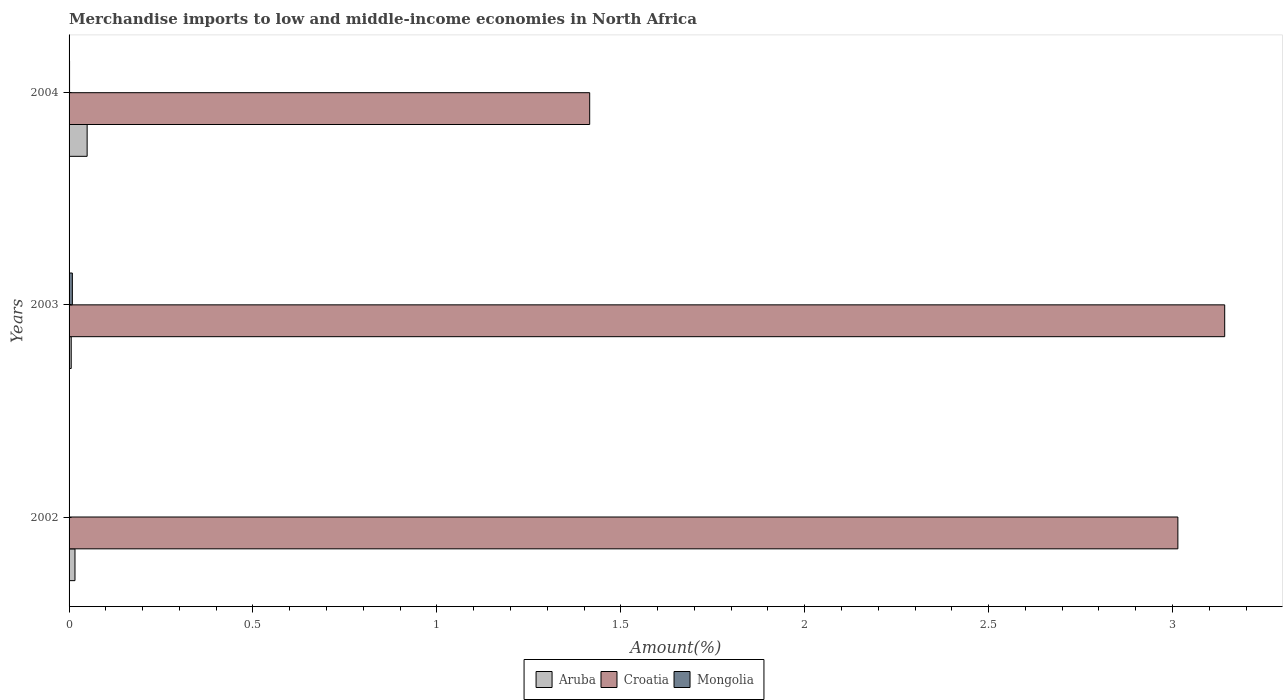
| Years | Aruba | Croatia | Mongolia |
 | --- | --- | --- | --- |
 | 2002 | 0.0161 | 3.01 | 0.00107 |
 | 2003 | 0.00585 | 3.14 | 0.00894 |
 | 2004 | 0.0491 | 1.42 | 0.00134 |